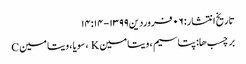
تاریخ انتشار: ۰۶ فروردین ۱۳۹۹ - ۱۴:۱۴
برچسب ها: پتاسیم ، ویتامین K ، سویا ، ویتامین C